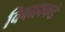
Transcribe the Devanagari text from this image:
विवाहाकडे